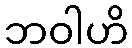
ဘဝါဟိ